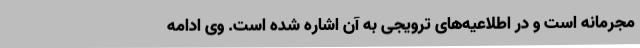
مجرمانه است و در اطلاعیه‌های ترویجی به آن اشاره شده است. وی ادامه